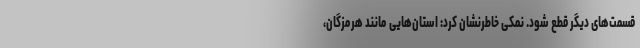
قسمت‌های دیگر قطع شود. نمکی خاطرنشان کرد: استان‌هایی مانند هرمزگان،